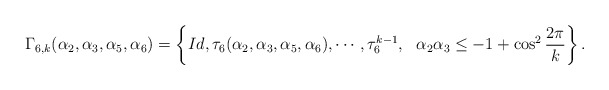
\begin{align*}\Gamma_{6,k}(\alpha_2,\alpha_3,\alpha_5,\alpha_6) =\left\{Id,\tau_{6}(\alpha_2, \alpha_3, \alpha_5, \alpha_6),\cdots,\tau_{6}^{k-1}, \ \ \alpha_{2} \alpha_{3} \leq -1+ \displaystyle\cos^2\frac{2\pi}{k}\right\}.\end{align*}